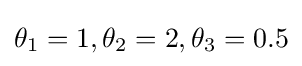
\theta _{1}=1,\theta _{2}=2,\theta _{3}=0.5